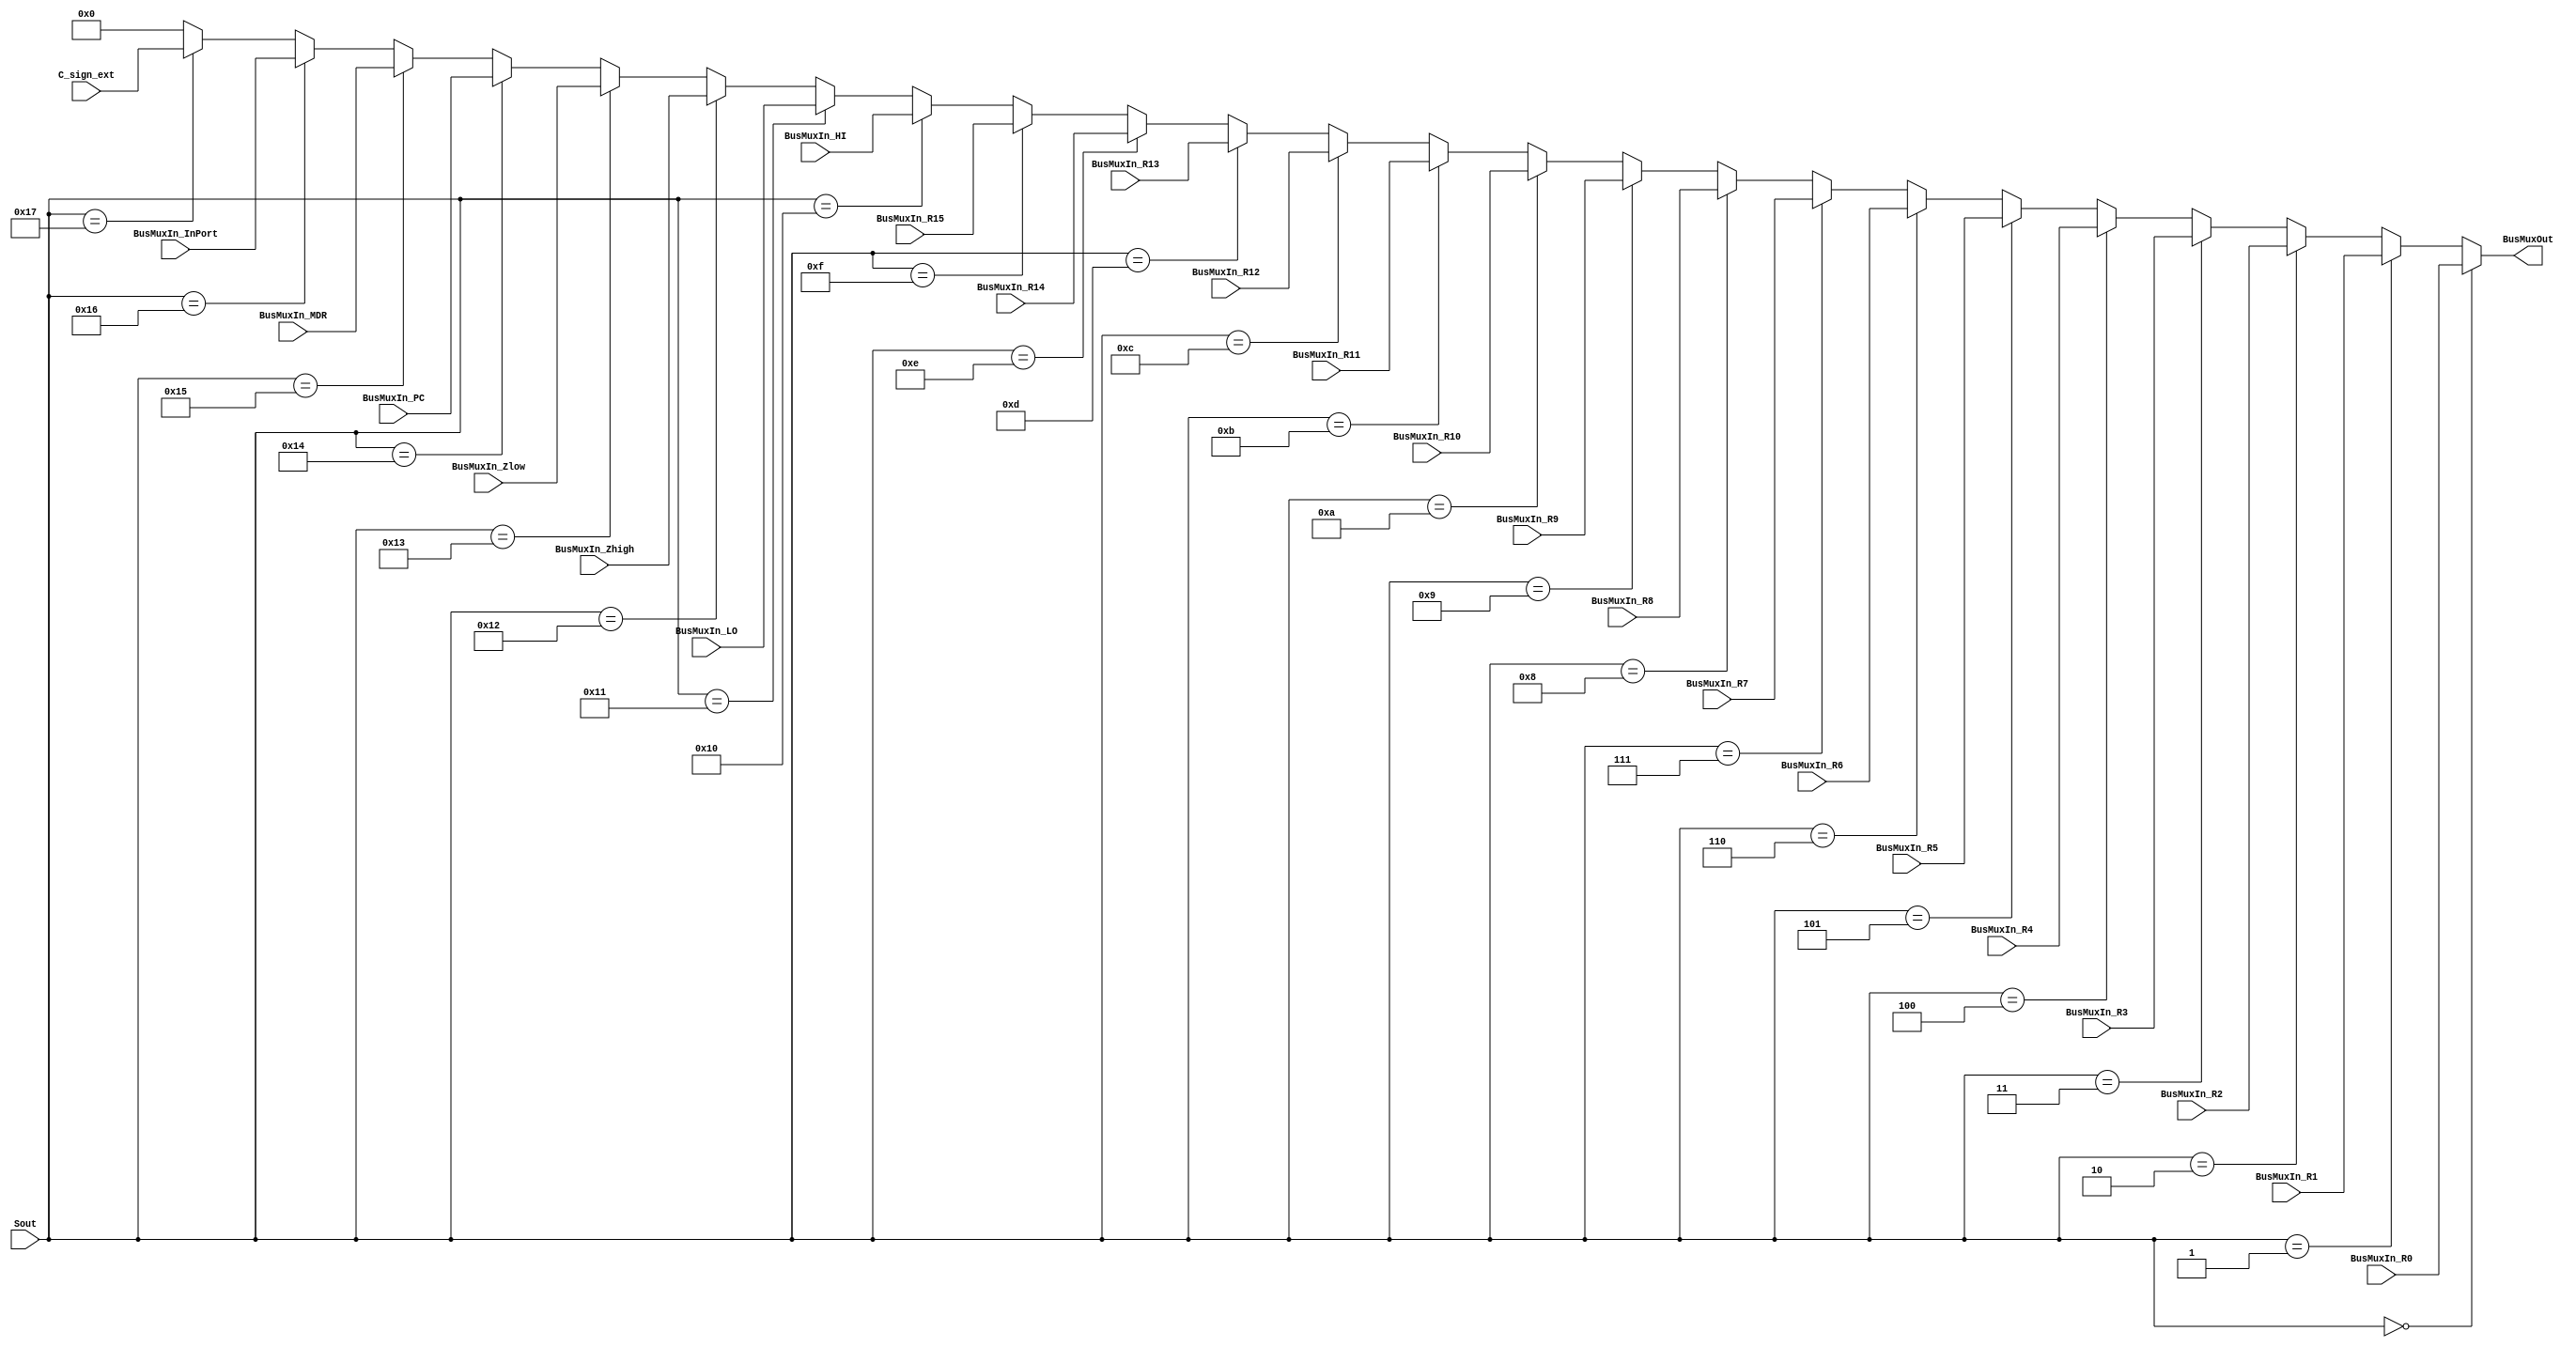
module Mux_32_1_if(
	input	[31:0]	BusMuxIn_R0,
	input	[31:0]	BusMuxIn_R1,
	input	[31:0]	BusMuxIn_R2, 
	input	[31:0]	BusMuxIn_R3,
	input	[31:0]	BusMuxIn_R4,
	input	[31:0]	BusMuxIn_R5,
	input	[31:0]	BusMuxIn_R6,
	input	[31:0]	BusMuxIn_R7, 
	input	[31:0]	BusMuxIn_R8,
	input	[31:0]	BusMuxIn_R9,
	input	[31:0]	BusMuxIn_R10,
	input	[31:0]	BusMuxIn_R11,
	input	[31:0]	BusMuxIn_R12,
	input	[31:0]	BusMuxIn_R13,
	input	[31:0]	BusMuxIn_R14,
	input	[31:0]	BusMuxIn_R15,
	input	[31:0]	BusMuxIn_HI,
	input	[31:0]	BusMuxIn_LO,
	input	[31:0]	BusMuxIn_Zhigh,
	input	[31:0]	BusMuxIn_Zlow,
	input	[31:0]	BusMuxIn_PC,
	input	[31:0]	BusMuxIn_MDR,
	input	[31:0]	BusMuxIn_InPort,
	input	[31:0]	C_sign_ext,
	output reg	[31:0] BusMuxOut,					
	input wire [4:0] Sout
);

	always @(*) begin
	if (Sout==5'd0)BusMuxOut=BusMuxIn_R0[31:0];
	else if (Sout==5'd1)BusMuxOut=BusMuxIn_R1[31:0];
	else if (Sout==5'd2)BusMuxOut=BusMuxIn_R2[31:0];
	else if (Sout==5'd3)BusMuxOut=BusMuxIn_R3[31:0];
	else if (Sout==5'd4)BusMuxOut=BusMuxIn_R4[31:0];
	else if (Sout==5'd5)BusMuxOut=BusMuxIn_R5[31:0];
	else if (Sout==5'd6)BusMuxOut=BusMuxIn_R6[31:0];
	else if (Sout==5'd7)BusMuxOut=BusMuxIn_R7[31:0];
	else if (Sout==5'd8)BusMuxOut=BusMuxIn_R8[31:0];
	else if (Sout==5'd9)BusMuxOut=BusMuxIn_R9[31:0];
	else if (Sout==5'd10)BusMuxOut=BusMuxIn_R10[31:0];
	else if (Sout==5'd11)BusMuxOut=BusMuxIn_R11[31:0];
	else if (Sout==5'd12)BusMuxOut=BusMuxIn_R12[31:0];
	else if (Sout==5'd13)BusMuxOut=BusMuxIn_R13[31:0];
	else if (Sout==5'd14)BusMuxOut=BusMuxIn_R14[31:0];
	else if (Sout==5'd15)BusMuxOut=BusMuxIn_R15[31:0];
	else if (Sout==5'd16)BusMuxOut=BusMuxIn_HI[31:0];
	else if (Sout==5'd17)BusMuxOut=BusMuxIn_LO[31:0];
	else if (Sout==5'd18)BusMuxOut=BusMuxIn_Zhigh[31:0];
	else if (Sout==5'd19)BusMuxOut=BusMuxIn_Zlow[31:0];
	else if (Sout==5'd20)BusMuxOut=BusMuxIn_PC[31:0];
	else if (Sout==5'd21)BusMuxOut=BusMuxIn_MDR[31:0];
	else if (Sout==5'd22)BusMuxOut=BusMuxIn_InPort[31:0];
	else if (Sout==5'd23)BusMuxOut=C_sign_ext[31:0];else BusMuxOut=32'd0;
	end
endmodule